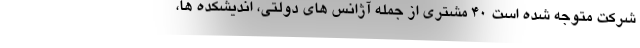
شرکت متوجه شده است ۴۰ مشتری از جمله آژانس های دولتی، اندیشکده ها،